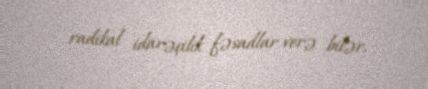
radikal idarəçilik fəsadlar verə bilər.